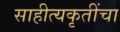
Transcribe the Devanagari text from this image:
साहीत्यकृतींचा